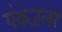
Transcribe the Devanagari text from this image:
पंकजला